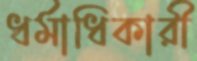
ধর্মাধিকারী